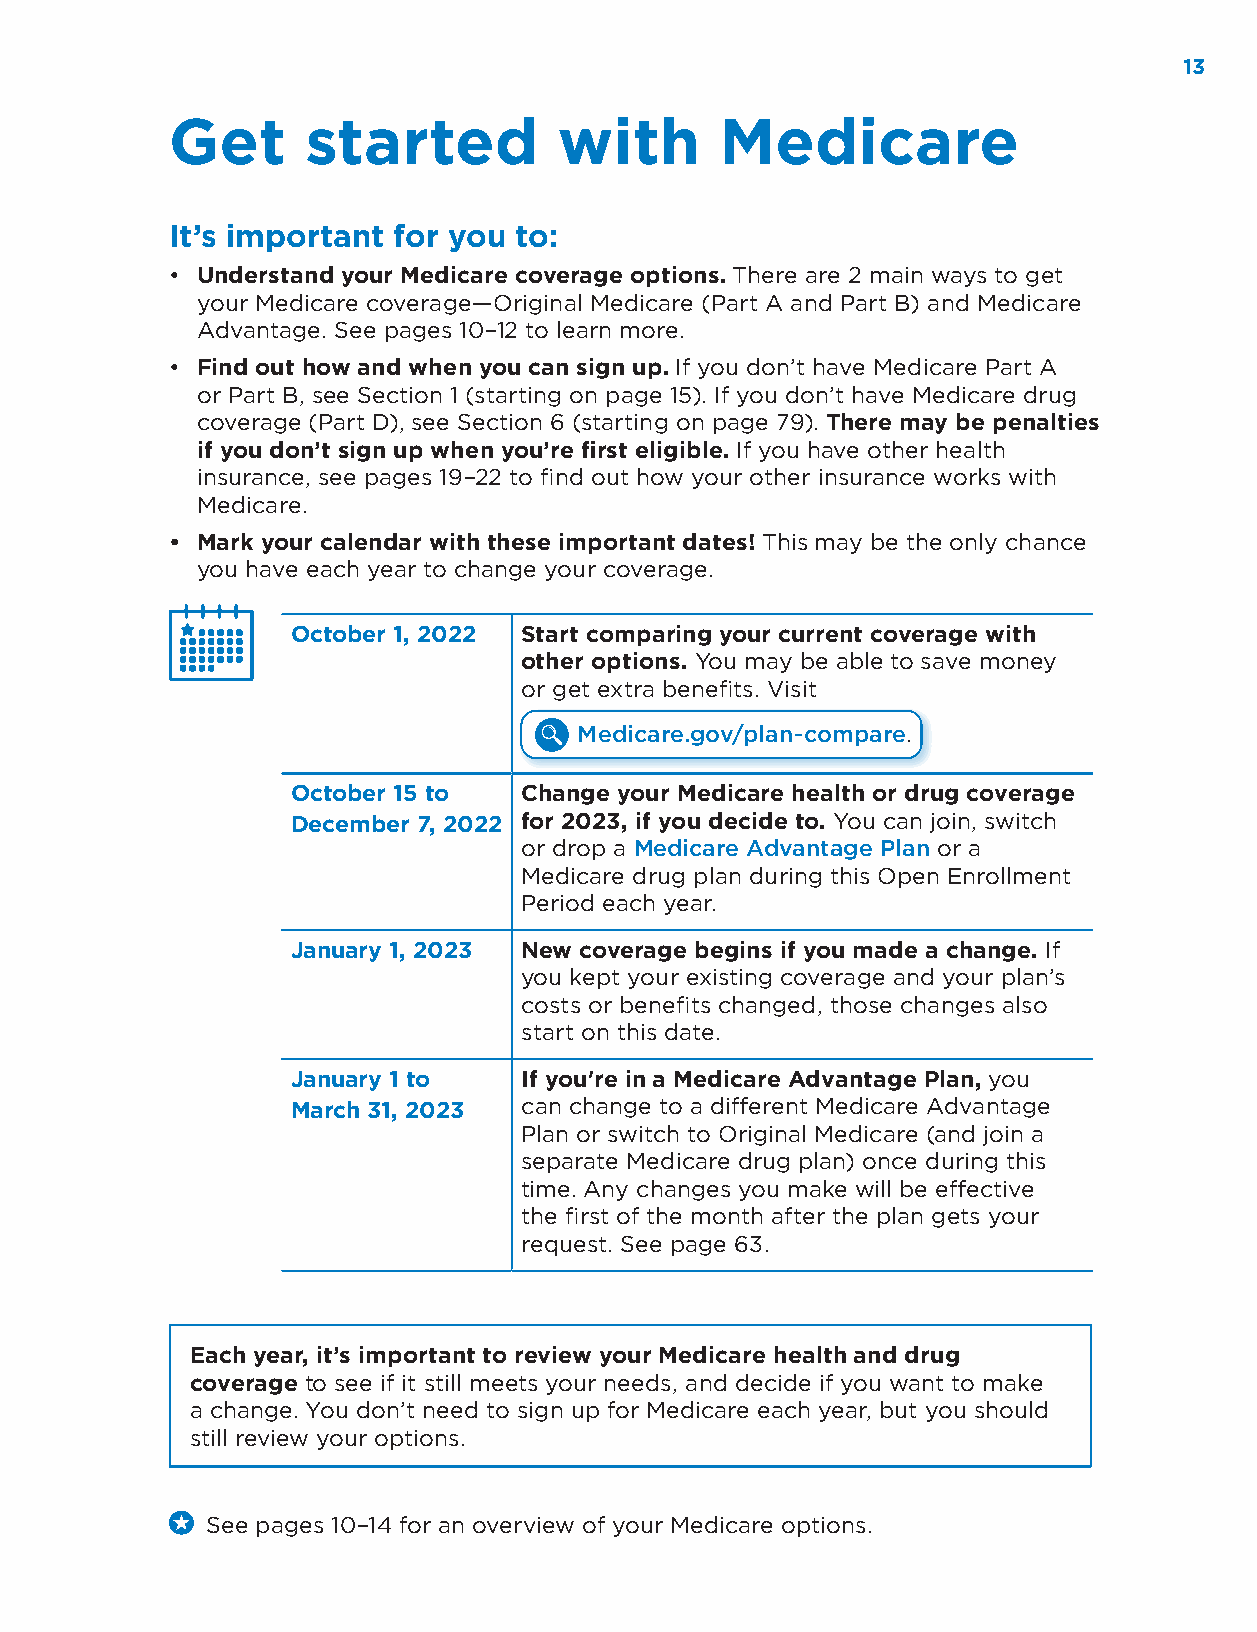
13
 Get      started          with       Medicare
 It’s important for you to:
 • Understand your Medicare coverage options. There are 2 main ways to get
 your Medicare coverage—Original Medicare (Part A and Part B) and Medicare
 Advantage. See pages 10–12 to learn more.
 • Find out how and when you can sign up. If you don’t have Medicare Part A
 or Part B, see Section 1 (starting on page 15). If you don’t have Medicare drug
 coverage (Part D), see Section 6 (starting on page 79). There may be penalties
 if you don’t sign up when you’re first eligible. If you have other health
 insurance, see pages 19–22 to find out how your other insurance works with
 Medicare.
 • Mark your calendar with these important dates! This may be the only chance
 you have each year to change your coverage.
 October 1, 2022 Start comparing your current coverage with
 other options. You may be able to save money
 or get extra benefits. Visit
 Medicare.gov/plan-compare.
 October 15 to  Change your Medicare health or drug coverage
 December 7, 2022 for 2023, if you decide to. You can join, switch
 or drop a Medicare Advantage Plan or a
 Medicare drug plan during this Open Enrollment
 Period each year.
 January 1, 2023 New coverage begins if you made a change. If
 you kept your existing coverage and your plan’s
 costs or benefits changed, those changes also
 start on this date.
 January 1 to   If you're in a Medicare Advantage Plan, you
 March 31, 2023 can change to a different Medicare Advantage
 Plan or switch to Original Medicare (and join a
 separate Medicare drug plan) once during this
 time. Any changes you make will be effective
 the first of the month after the plan gets your
 request. See page 63.
 Each year, it’s important to review your Medicare health and drug
 coverage to see if it still meets your needs, and decide if you want to make
 a change. You don’t need to sign up for Medicare each year, but you should
 still review your options.
 See pages 10–14 for an overview of your Medicare options.